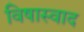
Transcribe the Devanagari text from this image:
विषास्वाद